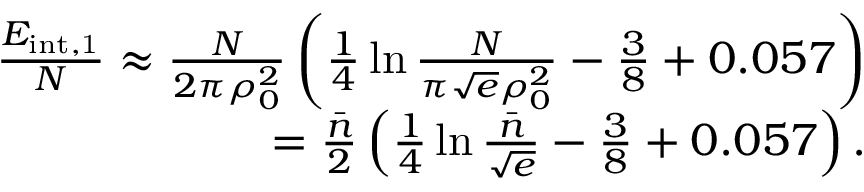
\begin{array} { r } { \frac { E _ { \mathrm { { i n t } , 1 } } } N \approx \frac { N } { 2 \pi \rho _ { 0 } ^ { 2 } } \left( \frac 1 4 \ln \frac N { \pi \sqrt { e } \rho _ { 0 } ^ { 2 } } - \frac 3 8 + 0 . 0 5 7 \right) } \\ { = \frac { \bar { n } } { 2 } \left( \frac 1 4 \ln \frac { \bar { n } } { \sqrt { e } } - \frac 3 8 + 0 . 0 5 7 \right) . } \end{array}